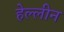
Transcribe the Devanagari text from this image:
हेल्लीन